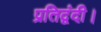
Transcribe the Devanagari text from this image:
प्रतिद्वंदी।